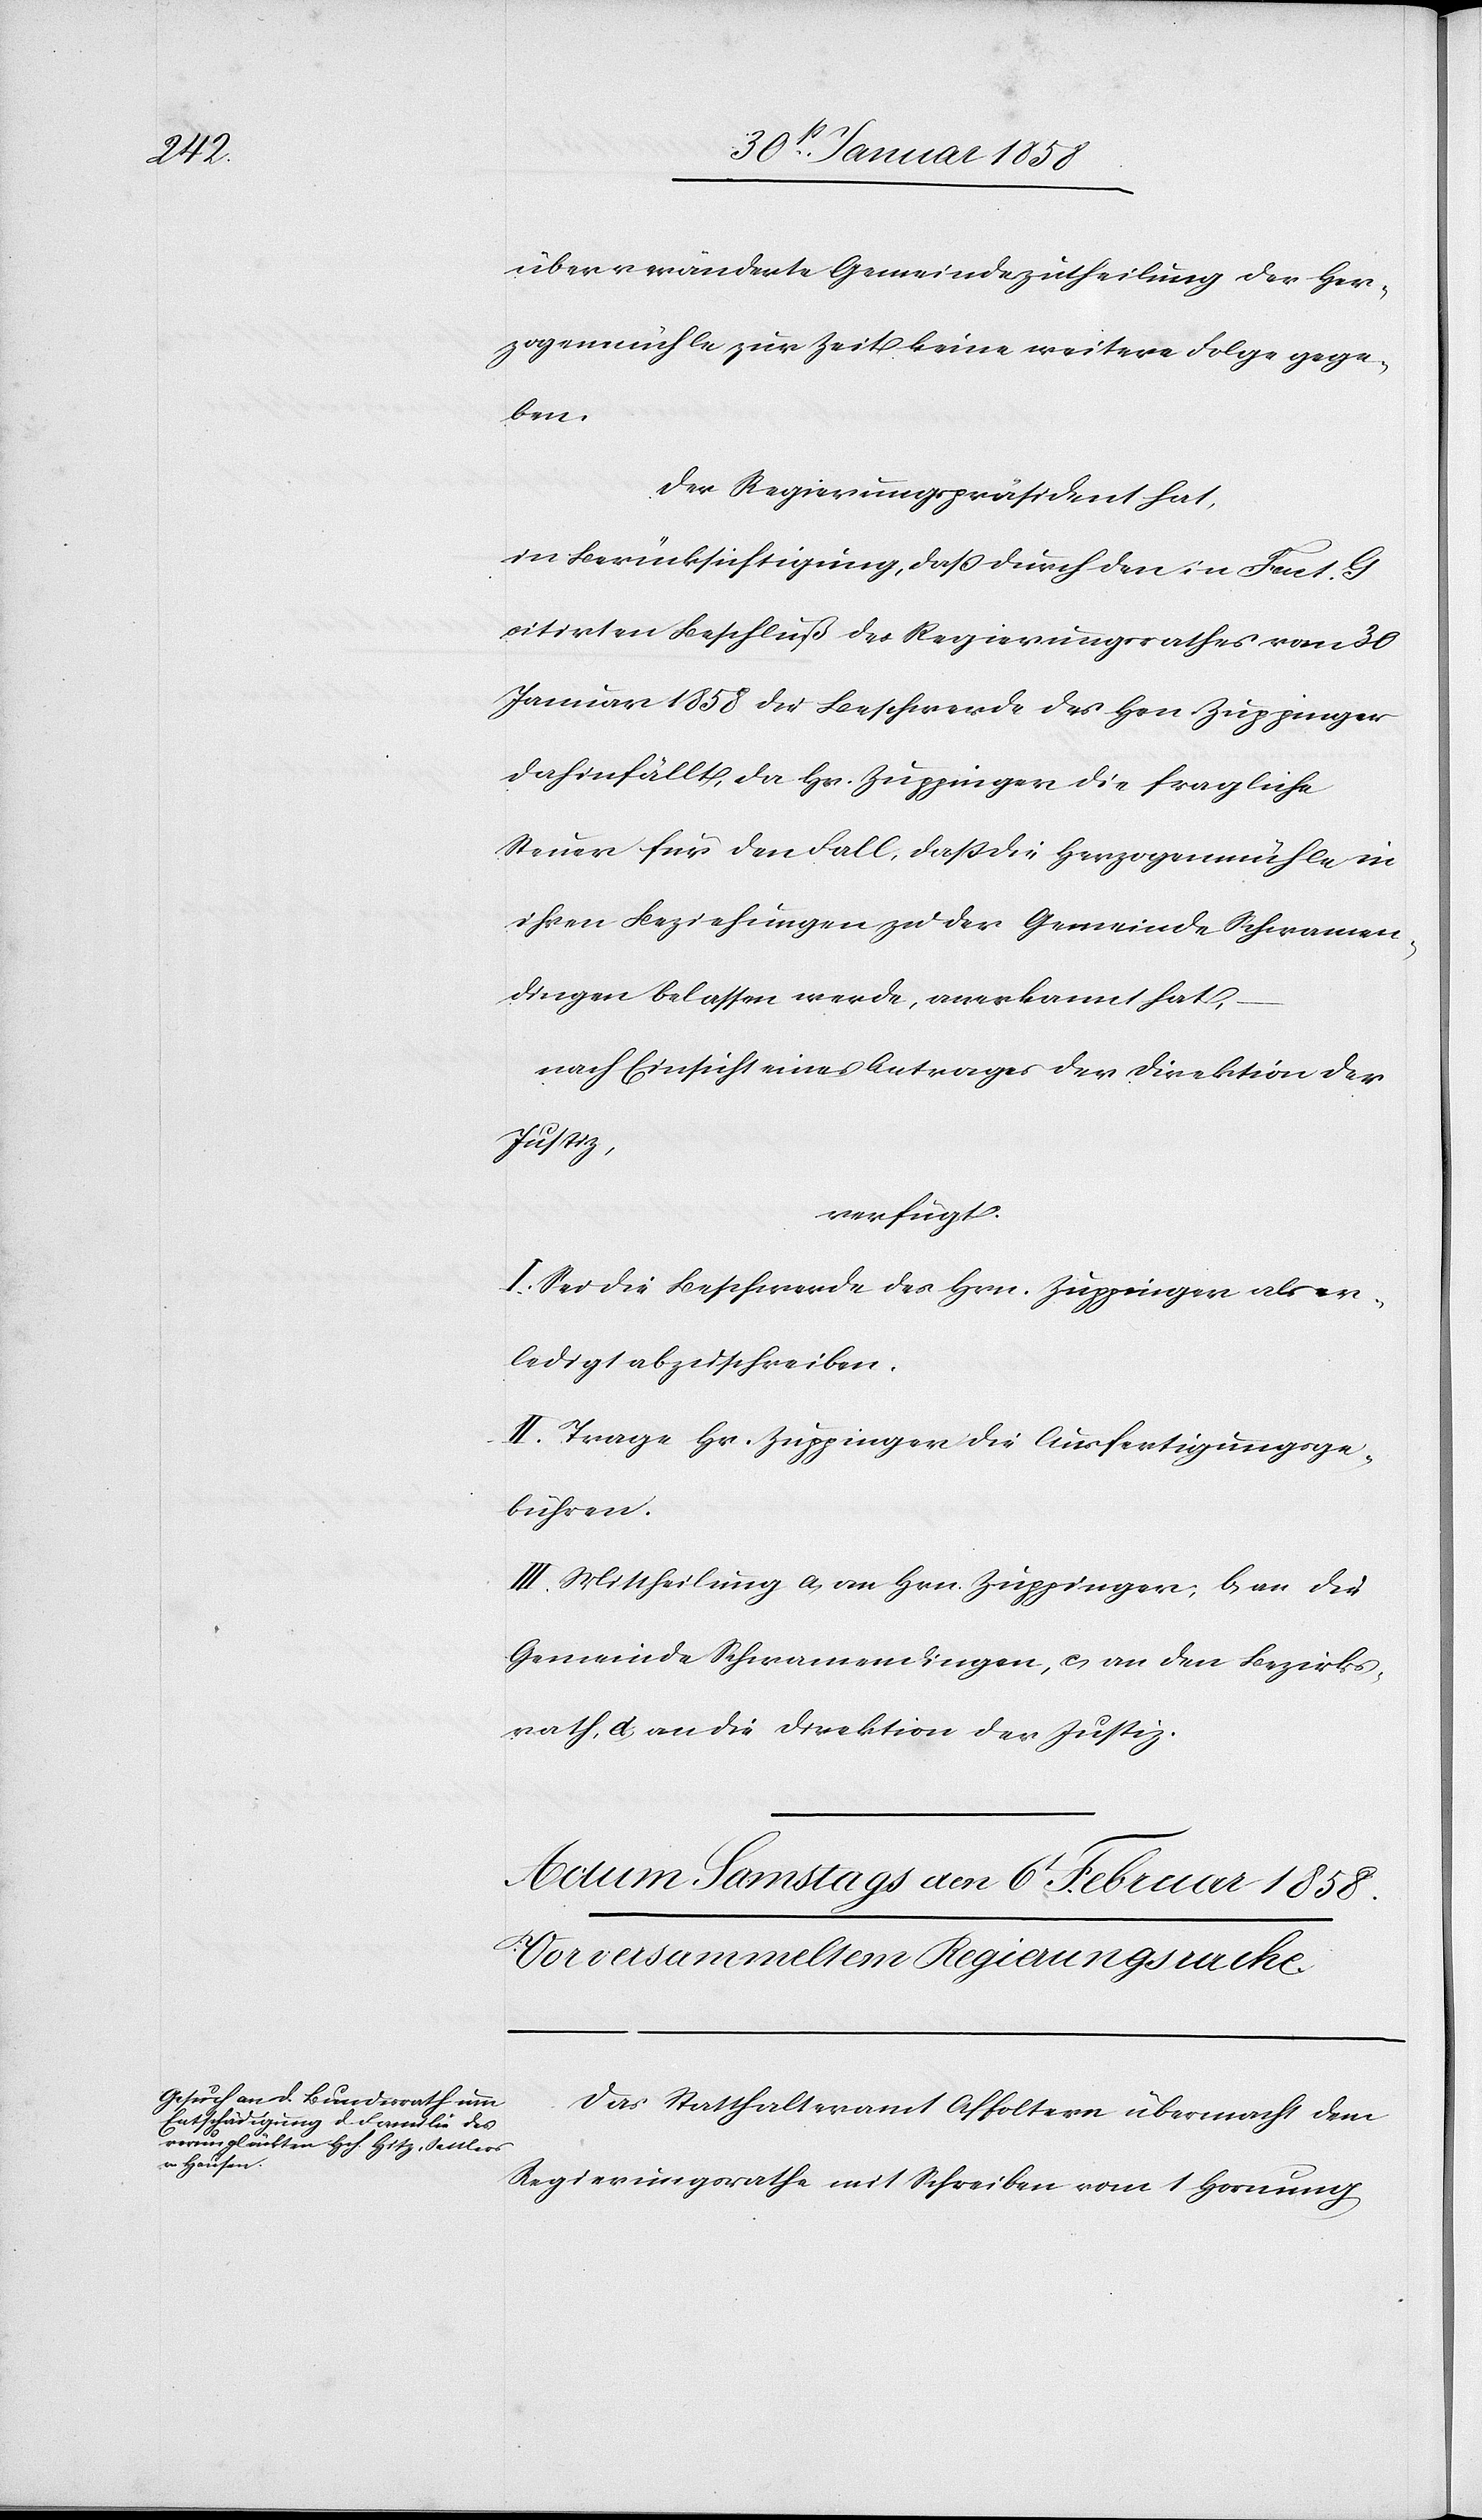
hat,

über veränderte Gemeindezutheilung der Her¬
zogenmühle zur Zeit keine weitere Folge gege¬
ben.
in Berücksichtigung, daß durch den in Fact. G
citirten Beschluß des Regierungsrathes vom 30
Januar 1858 die Beschwerde des Hrn. Zuppinger
dahinfällt, da Hr. Zuppinger die fragliche
Steuer für den Fall, daß die Herzogenmühle in
ihren Beziehungen zu der Gemeinde Schwamen¬
dingen belassen werde, anerkannt hat,
nach Einsicht eines Antrages der Direktion der
Justiz,
verfügt:
I. Sei die Beschwerde des Hrn. Zuppinger als er¬
ledigt abzuschreiben.
II. Trage Hr. Zuppinger die Ausfertigungsge¬
bühren.
III. Mittheilung a. an Hrn. Zuppinger, b. an die
Gemeinde Schwamendingen, c. an den Bezirks¬
rath, d. an die Direktion der Justiz.
Das Statthalteramt Affoltern übermacht dem
Regierungsrathe mit Schreiben vom 1 Hornung